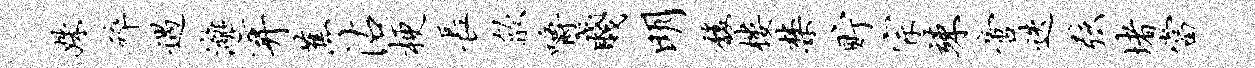
姝碎遇漓弃蕉沾梗长歙嚼贱明馥楼禁贮宗竦啻迭弦堵当